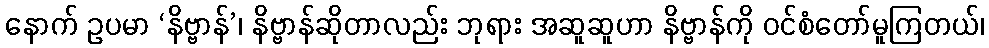
နောက် ဥပမာ ‘နိဗ္ဗာန်’၊ နိဗ္ဗာန်ဆိုတာလည်း ဘုရား အဆူဆူဟာ နိဗ္ဗာန်ကို ဝင်စံတော်မူကြတယ်၊